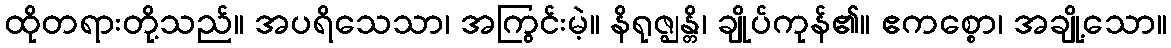
ထိုတရားတို့သည်။ အပရိသေသာ၊ အကြွင်းမဲ့။ နိရုဇ္ဈန္တိ၊ ချိုပ်ကုန်၏။ ဧကစ္စော၊ အချို့သော။